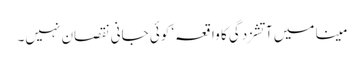
مینا میں آتشزدگی کا واقعہ‘ کوئی جانی نقصان نہیں۔